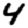
Digit: 4